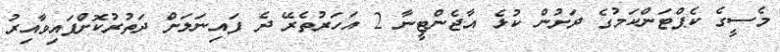
މެސީގެ ކެޕްޓަންކަމުގެ ދަށުން ކުޅެ އާޖެންޓީނާ 2 އަހަރުތެރޭ ދެ ފައިނަލަށް ދަތުރުކޮށްފައިވާއިރު